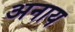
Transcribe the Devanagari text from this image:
अनाय